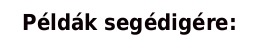
Példák segédigére: